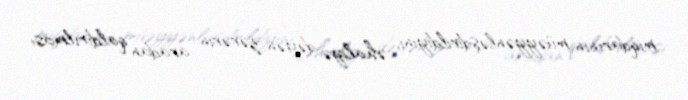
miqdarının müəyyənləşdirildiyini, əhaliyə dəyən zərərin aradan qaldırılması